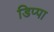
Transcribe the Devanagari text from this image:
डिप्पा